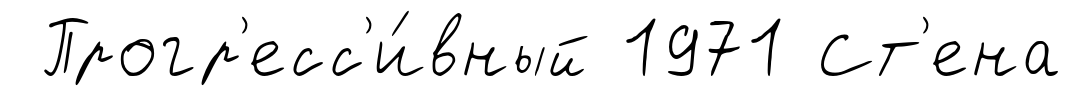
Прогр'есс'и́вный 1971 Ст'ена